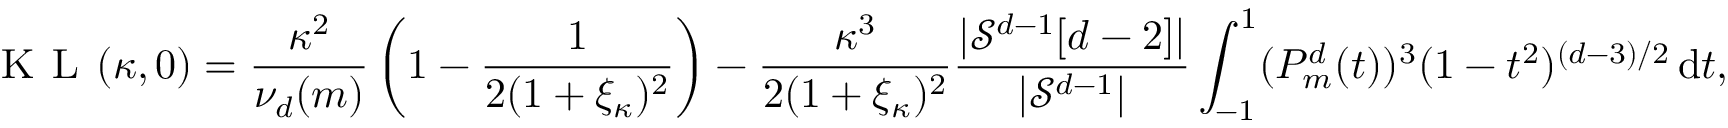
\textsc { K L } ( \kappa , 0 ) = \frac { \kappa ^ { 2 } } { \nu _ { d } ( m ) } \left( 1 - \frac { 1 } { 2 ( 1 + \xi _ { \kappa } ) ^ { 2 } } \right) - \frac { \kappa ^ { 3 } } { 2 ( 1 + \xi _ { \kappa } ) ^ { 2 } } \frac { | \mathcal { S } ^ { d - 1 } [ d - 2 ] | } { | \mathcal { S } ^ { d - 1 } | } \int _ { - 1 } ^ { 1 } ( P _ { m } ^ { d } ( t ) ) ^ { 3 } ( 1 - t ^ { 2 } ) ^ { ( d - 3 ) / 2 } \, \mathrm { d } t ,